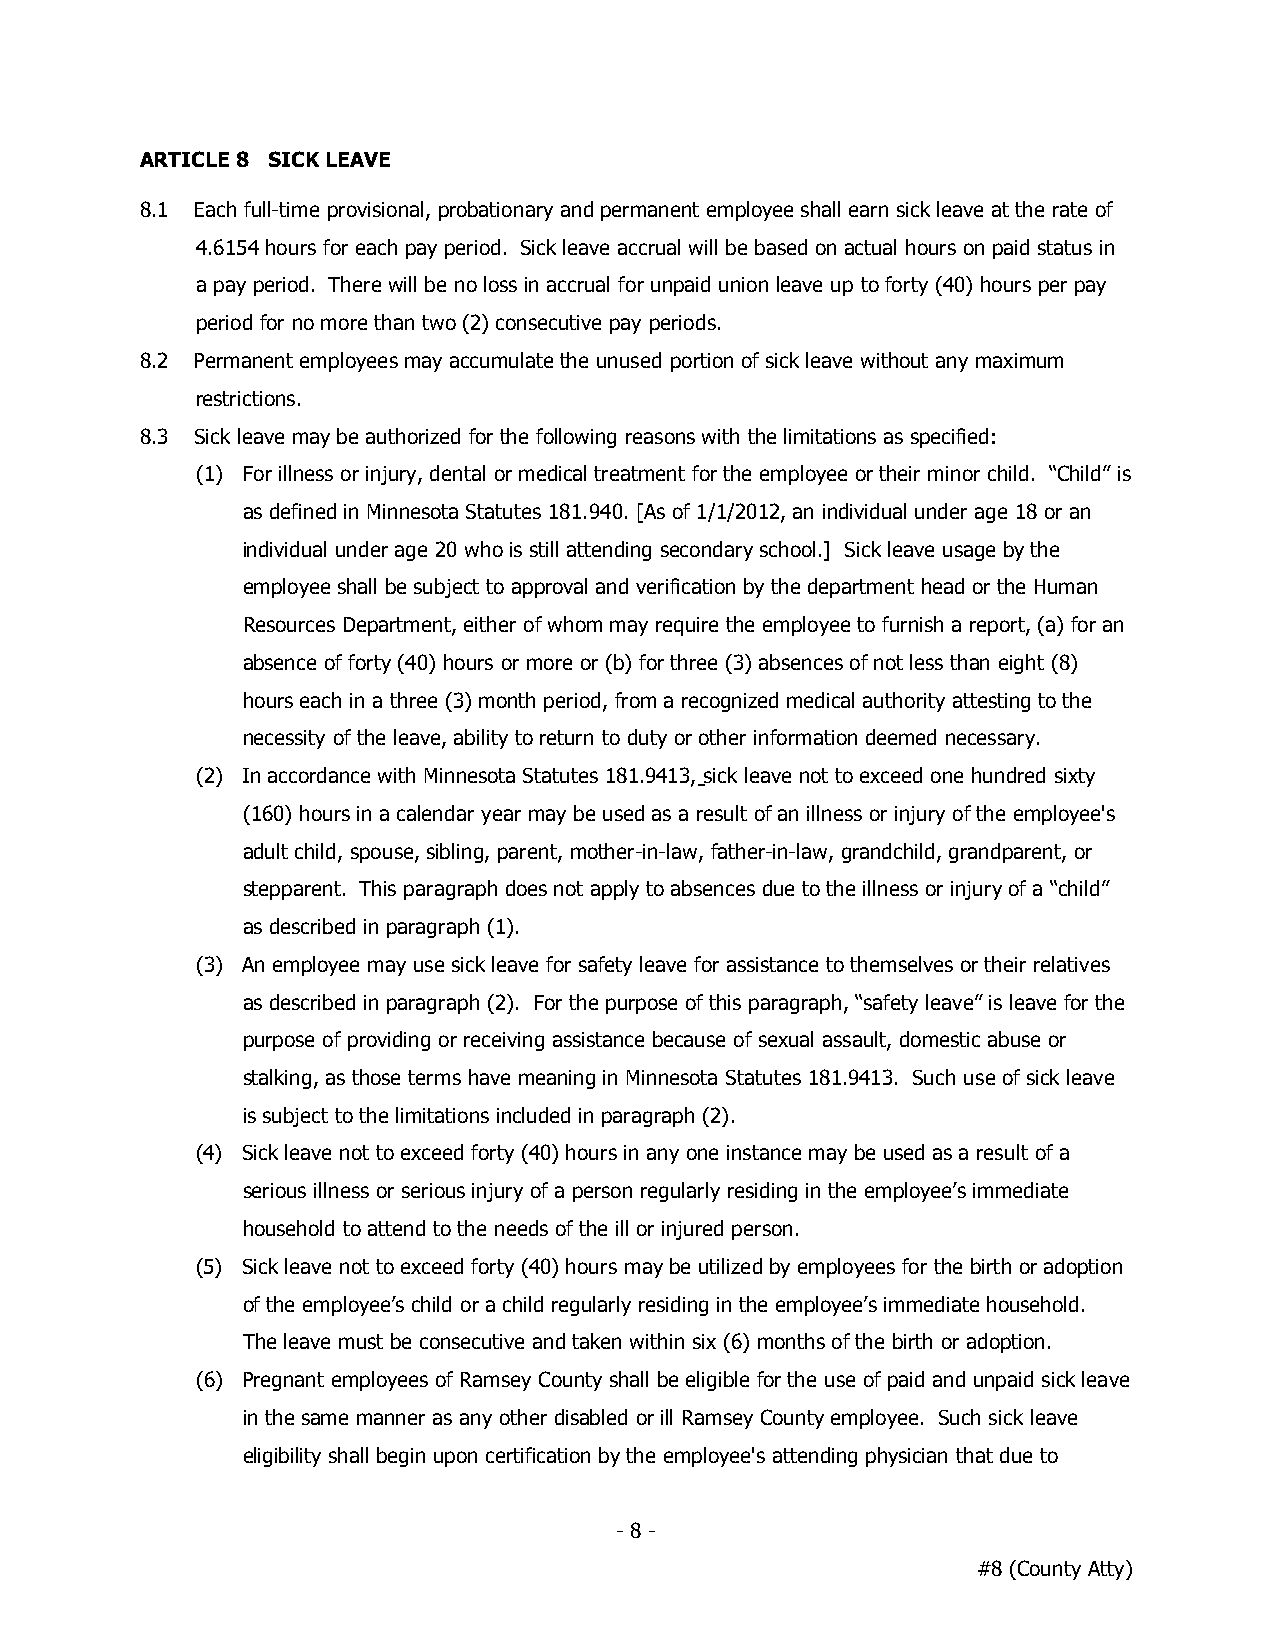
ARTICLE 8 SICK LEAVE
 8.1 Each full-time provisional, probationary and permanent employee shall earn sick leave at the rate of
 4.6154 hours for each pay period. Sick leave accrual will be based on actual hours on paid status in
 a pay period. There will be no loss in accrual for unpaid union leave up to forty (40) hours per pay
 period for no more than two (2) consecutive pay periods.
 8.2 Permanent employees may accumulate the unused portion of sick leave without any maximum
 restrictions.
 8.3 Sick leave may be authorized for the following reasons with the limitations as specified:
 (1) For illness or injury, dental or medical treatment for the employee or their minor child. “Child” is
 as defined in Minnesota Statutes 181.940. [As of 1/1/2012, an individual under age 18 or an
 individual under age 20 who is still attending secondary school.] Sick leave usage by the
 employee shall be subject to approval and verification by the department head or the Human
 Resources Department, either of whom may require the employee to furnish a report, (a) for an
 absence of forty (40) hours or more or (b) for three (3) absences of not less than eight (8)
 hours each in a three (3) month period, from a recognized medical authority attesting to the
 necessity of the leave, ability to return to duty or other information deemed necessary.
 (2) In accordance with Minnesota Statutes 181.9413, sick leave not to exceed one hundred sixty
 (160) hours in a calendar year may be used as a result of an illness or injury of the employee's
 adult child, spouse, sibling, parent, mother-in-law, father-in-law, grandchild, grandparent, or
 stepparent. This paragraph does not apply to absences due to the illness or injury of a “child”
 as described in paragraph (1).
 (3) An employee may use sick leave for safety leave for assistance to themselves or their relatives
 as described in paragraph (2). For the purpose of this paragraph, “safety leave” is leave for the
 purpose of providing or receiving assistance because of sexual assault, domestic abuse or
 stalking, as those terms have meaning in Minnesota Statutes 181.9413. Such use of sick leave
 is subject to the limitations included in paragraph (2).
 (4) Sick leave not to exceed forty (40) hours in any one instance may be used as a result of a
 serious illness or serious injury of a person regularly residing in the employee’s immediate
 household to attend to the needs of the ill or injured person.
 (5) Sick leave not to exceed forty (40) hours may be utilized by employees for the birth or adoption
 of the employee’s child or a child regularly residing in the employee’s immediate household.
 The leave must be consecutive and taken within six (6) months of the birth or adoption.
 (6) Pregnant employees of Ramsey County shall be eligible for the use of paid and unpaid sick leave
 in the same manner as any other disabled or ill Ramsey County employee. Such sick leave
 eligibility shall begin upon certification by the employee's attending physician that due to
 - 8 -
 #8 (County Atty)